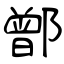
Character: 鄫